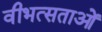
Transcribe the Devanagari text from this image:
वीभत्सताओं